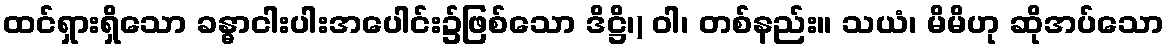
ထင်ရှားရှိသော ခန္ဓာငါးပါးအပေါင်း၌ဖြစ်သော ဒိဋ္ဌိ၊) ဝါ၊ တစ်နည်း။ သယံ၊ မိမိဟု ဆိုအပ်သော